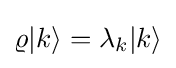
\varrho \vert k\rangle =\lambda _{k}\vert k\rangle